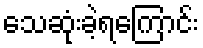
သေဆုံးခဲ့ရကြောင်း